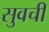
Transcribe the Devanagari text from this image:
सुवची